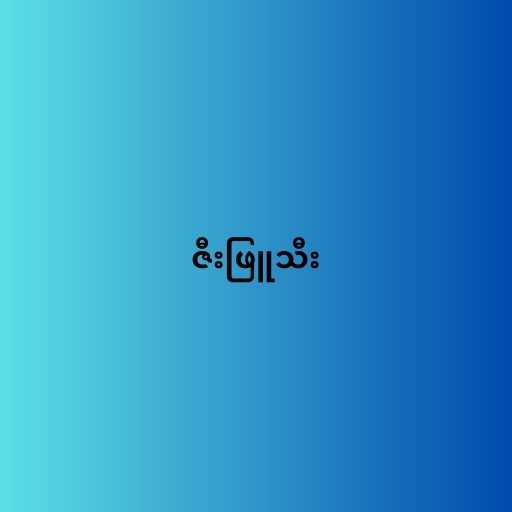
ဇီးဖြူသီး